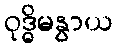
ဝုဒ္ဓိမနွာယ